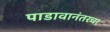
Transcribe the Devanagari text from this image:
पाडावानंतरचा